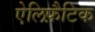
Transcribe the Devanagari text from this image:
ऐलिफ़ैटिक